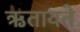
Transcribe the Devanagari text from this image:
ऋतायते